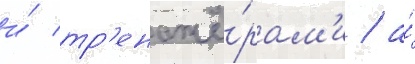
и́ тр'енажё́рам'и / а́